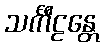
သင်္ကီဠန္တေ